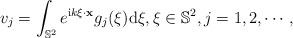
LaTeX: \begin{align*} v_j=\int_{\mathbb S^2}e^{\mathrm ik\xi\cdot \mathbf x}g_j(\xi)\mathrm d\xi,\xi\in \mathbb S^2, j=1,2,\cdots, \end{align*}